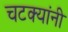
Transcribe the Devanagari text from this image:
चटक्‍यांनी